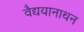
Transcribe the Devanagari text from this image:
वैद्ययानाथन